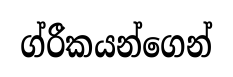
ග්රීකයන්ගෙන්